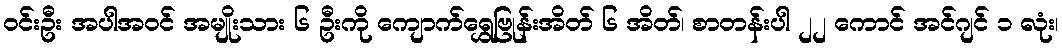
ဝင်းဦး အပါအဝင် အမျိုးသား ၆ ဦးကို ကျောက်ရွှေဗြုန်းအိတ် ၆ အိတ်၊ စာတန်းပါ ၂၂ ကောင် အင်ဂျင် ၁ လုံး၊